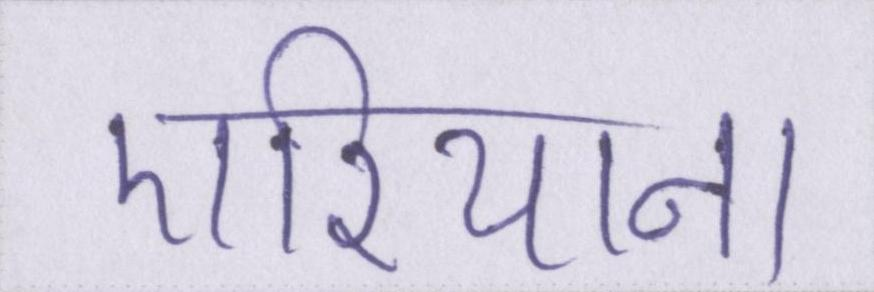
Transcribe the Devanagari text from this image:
एरियाना